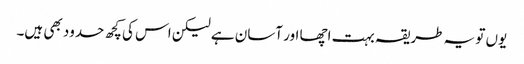
یوں تو یہ طریقہ بہت اچھا اور آسان ہے لیکن اس کی کچھ حدود بھی ہیں۔